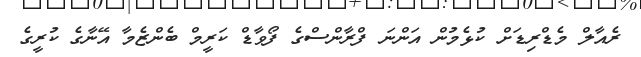
ރެއާލް މެޑްރިޑަށް ކުޅެމުން އަންނަ ފްރާންސްގެ ފޯވާޑް ކަރީމް ބެންޒެމާ އޭނާގެ ކުރީގެ